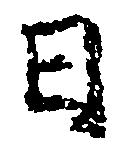
日